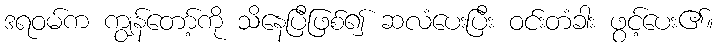
ဒရဝမ်က ကျွန်တော့်ကို သိနေပြီဖြစ်၍ ဆလံပေးပြီး ဝင်းတံခါး ဖွင့်ပေး၏။